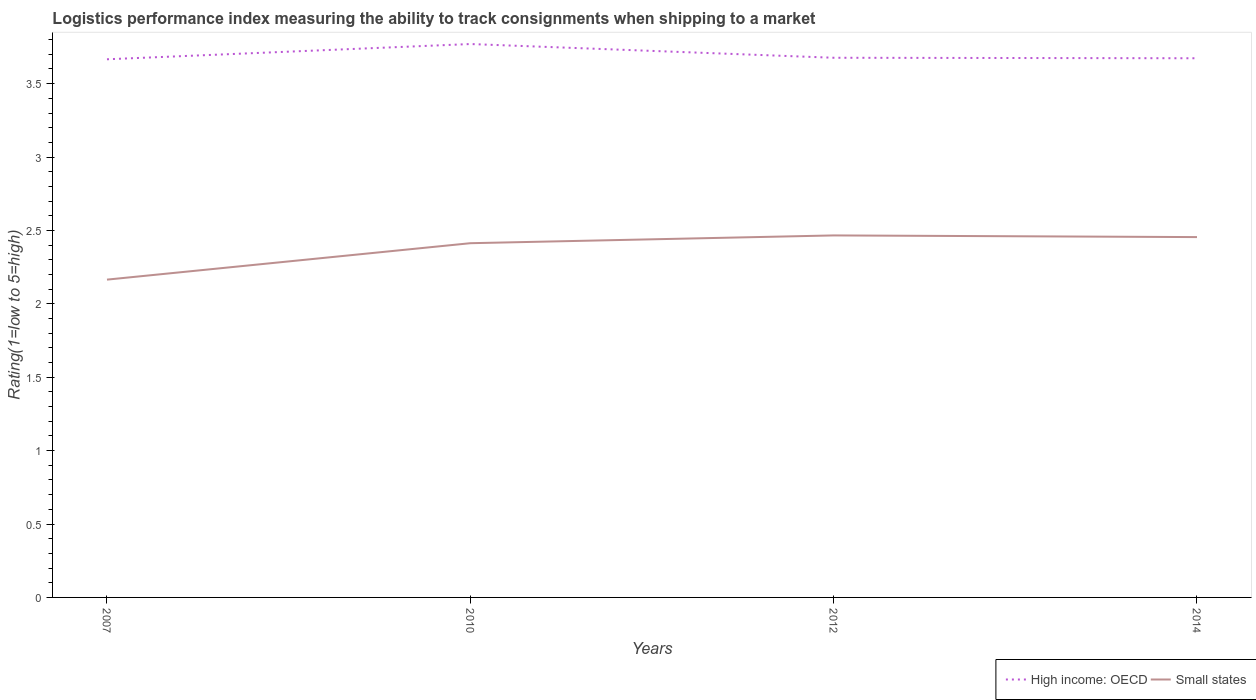
| Years | High income: OECD | Small states |
 | --- | --- | --- |
 | 2007 | 3.67 | 2.17 |
 | 2010 | 3.77 | 2.41 |
 | 2012 | 3.68 | 2.47 |
 | 2014 | 3.67 | 2.45 |